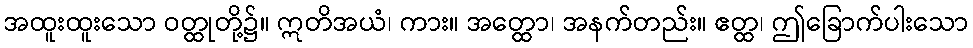
အထူးထူးသော ဝတ္ထုတို့၌။ ဣတိအယံ၊ ကား။ အတ္ထော၊ အနက်တည်း။ ဧတ္ထ၊ ဤခြောက်ပါးသော